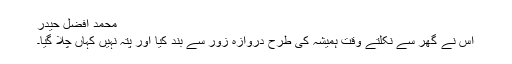
محمد افضل حیدر
اس نے گھر سے نکلتے وقت ہمیشہ کی طرح دروازہ زور سے بند کیا اور پتہ نہیں کہاں چلا گیا۔